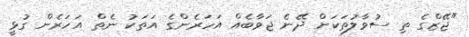
"ޖޭޒްގެ ތި ސުވާލުތަކަށް ދޭނެ ޖަވާބެއް އަހަރެންގެ އަތަކު ނެތް އަހަރެން ގުޅީ